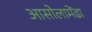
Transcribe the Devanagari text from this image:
आसोलामेंढा